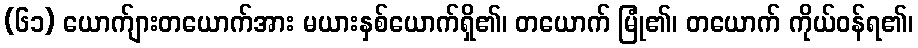
(၆၁) ယောက်ျားတယောက်အား မယားနှစ်ယောက်ရှိ၏၊ တယောက် မြုံ၏၊ တယောက် ကိုယ်ဝန်ရ၏၊